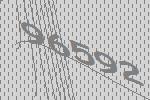
96592